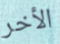
الأخر